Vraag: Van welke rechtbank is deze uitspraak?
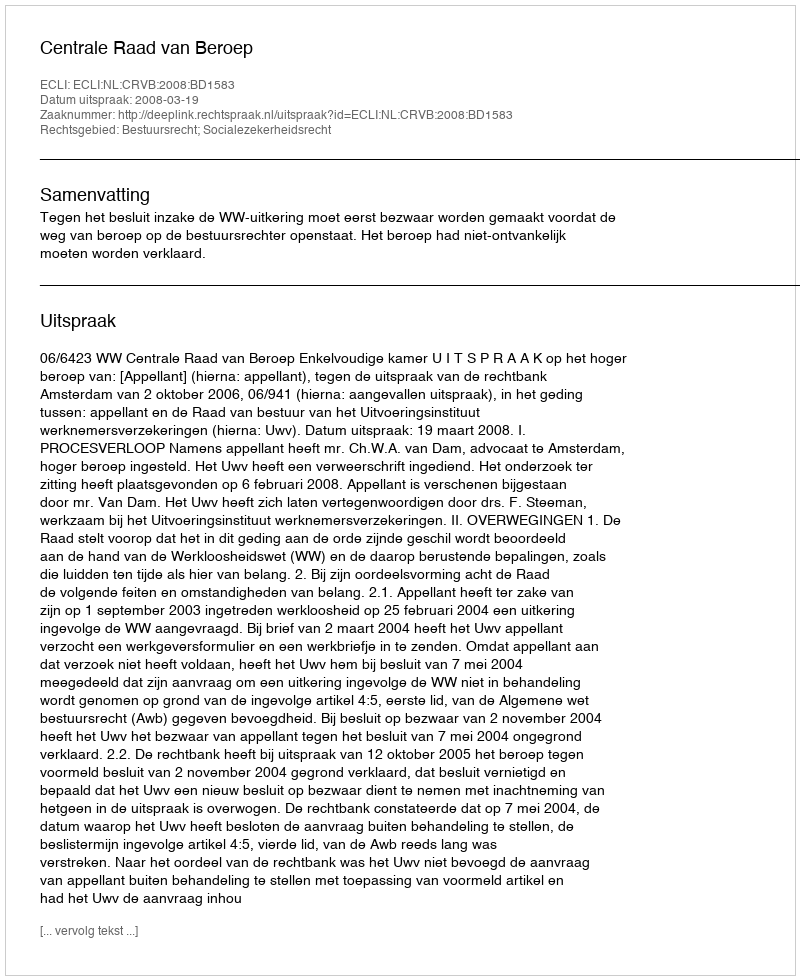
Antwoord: Centrale Raad van Beroep